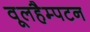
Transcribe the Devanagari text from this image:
वूलहैम्पटन